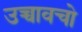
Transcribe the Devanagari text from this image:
उच्चावचो